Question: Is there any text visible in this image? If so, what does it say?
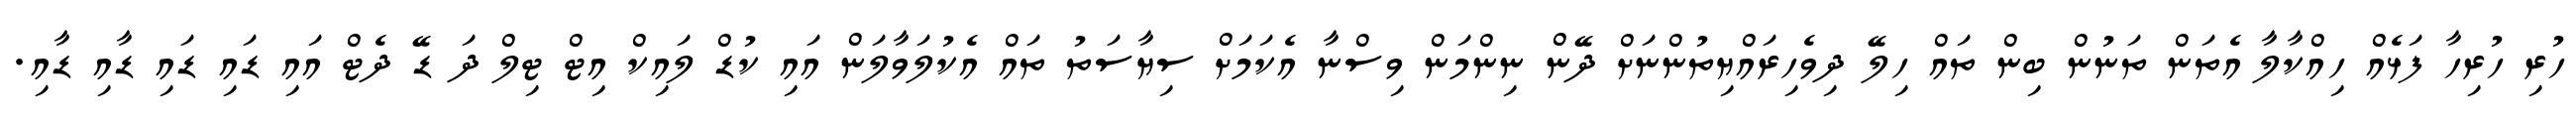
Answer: ހުރި ހުރިހާ ފަޅެއް ހިއްކާލާ އެތަން ތަނުން ބިން ތައް ހިލޭ ދިވެހިރައްޔިތުންނަށް ދޭން ނިންމަން ވިސްނާ އެކަމަށް ސިޔާސަތު ތައް އެކުލަވާލަން އައި ކުޑް ލައިކް އިޓް ޓިލް ދަ ޑޭ ދެޓް އައި ޑައި ޑައި ޑާއި ޑާއި.